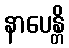
နာပေန္တိ